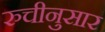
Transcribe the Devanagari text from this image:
रुचीनुसार